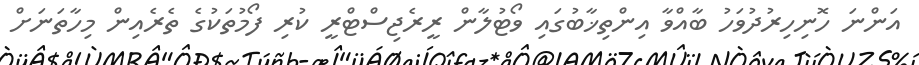
އަންނަ ހޮނިހިރުދުވަހު ބާއްވާ އިންތިޚާބުގައި ވޯޓުލާން ރީރެޖިސްޓްރީ ކުރި ފޯމުތަކުގެ ތެރެއިން މިހާތަނަށް